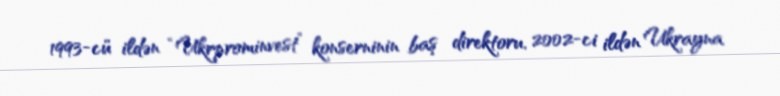
1993-cü ildən “Ukrprominvest” konserninin baş direktoru, 2002-ci ildən Ukrayna